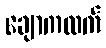
ချောကလက်